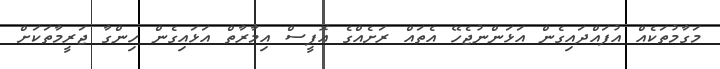
މަގާމުތަކެއް އުފައްދައިގެން އަޅަންނުޖެހޭ އެތައް ރަށެއްގެ އޮފީސް އިމާރާތް އަޅަައިގެން ހިންގާ ޖަރީމާތަކަށް